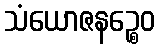
သံယောဇနဉ္စေဝ